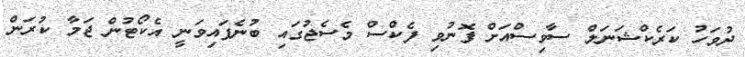
ދުވަހު ކަރެކްޝަނަލް ސާވިސްއަށް ފޮނުވި ފެކްސް މެސެޖުގައި ބުނެފައިވަނީ އެކޯޓުން ޖަމާ ކުރަން